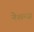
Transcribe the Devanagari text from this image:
नेशन्ज़